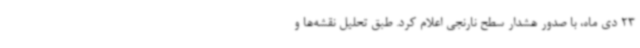
23 دی ماه، با صدور هشدار سطح نارنجی اعلام کرد. طبق تحلیل نقشه‌ها و